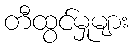
တီထွင်မှုများ